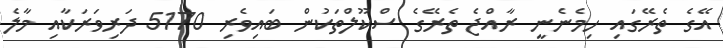
އޭގެ ތެރޭގައި ހިމެނެނީ ރާއްޖެ ތެރޭގެ ސްކޫލްތަކުން ބައިވެރި 5170 ދަރިވަރަކާއި މާލެ